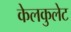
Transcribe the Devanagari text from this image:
केलकुलेट